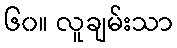
၆၀။ လူချမ်းသာ